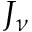
J _ { \nu }